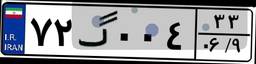
۷۲گ۰۰۴۳۳